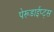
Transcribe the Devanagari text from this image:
पेरूडाईप्ट्स